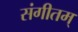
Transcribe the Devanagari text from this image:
संगीतम्‌